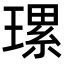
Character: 𤨴